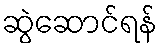
ဆွဲဆောင်ရန်